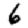
Digit: 6